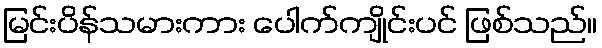
မြင်းပိန်သမားကား ပေါက်ကျိုင်းပင် ဖြစ်သည်။